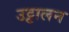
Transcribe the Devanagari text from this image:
उट्टालन